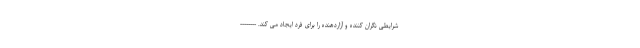
شرایطی نگران کننده و آزاردهنده را برای فرد ایجاد می کند. --------